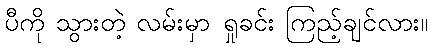
ပီကို သွားတဲ့ လမ်းမှာ ရှုခင်း ကြည့်ချင်လား။